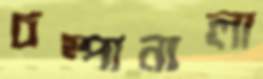
চম্পানালা